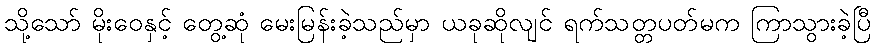
သို့သော် မိုးဝေနှင့် တွေ့ဆုံ မေးမြန်းခဲ့သည်မှာ ယခုဆိုလျင် ရက်သတ္တပတ်မက ကြာသွားခဲ့ပြီ